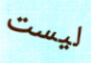
ليست